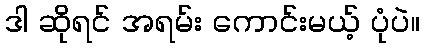
ဒါ ဆိုရင် အရမ်း ကောင်းမယ့် ပုံပဲ။